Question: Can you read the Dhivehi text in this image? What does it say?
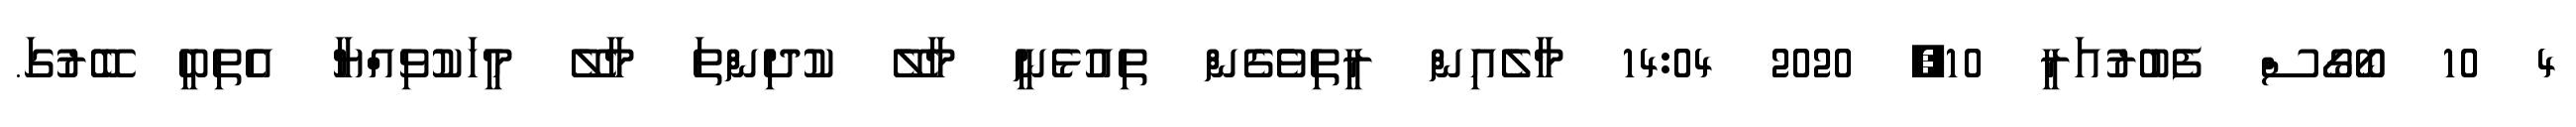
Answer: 4 10 ބޯގޯސް ފެބުރުއަރީ 10, 2020 14:04 މާލެއިން ރީތިވެެގެން ތިއުޅެނީ މާލޭ ކުދިންތަ މާލޭ މީހަކުވިއްޔާ އެތިބީ ބޭރުގަ.